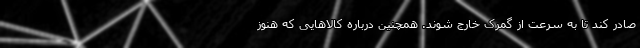
صادر کند تا به سرعت از گمرک خارج شوند. همچنین درباره کالاهایی که هنوز